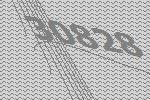
30828